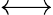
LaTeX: \longleftrightarrow